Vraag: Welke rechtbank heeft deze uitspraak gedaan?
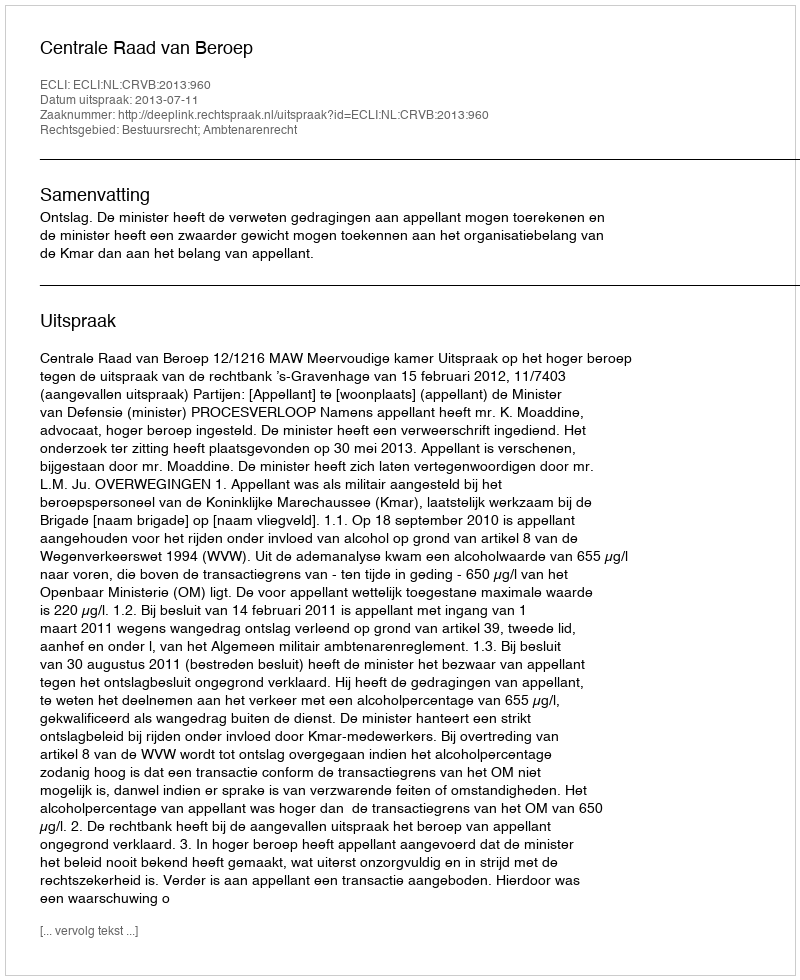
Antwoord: Centrale Raad van Beroep